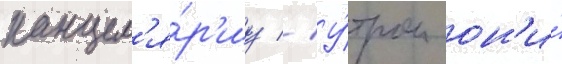
канцел'я́р'иу // У́тром он'и́